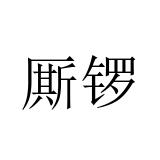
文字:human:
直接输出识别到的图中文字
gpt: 厮锣